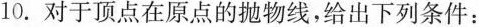
10.对于顶点在原点的抛物线，给出下列条件: